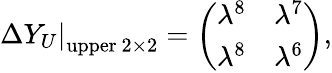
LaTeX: \left.\Delta Y_{U}\right|_{\mathrm{upper}\ 2\times 2}=\left(\begin{array}{cc}{{\lambda^{8}}}&{{\lambda^{7}}}\\ {{\lambda^{8}}}&{{\lambda^{6}}}\end{array}\right),